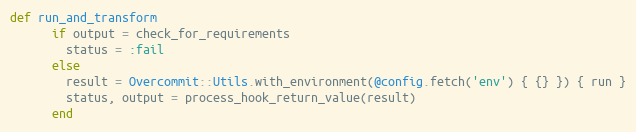
Language: Ruby
def run_and_transform
      if output = check_for_requirements
        status = :fail
      else
        result = Overcommit::Utils.with_environment(@config.fetch('env') { {} }) { run }
        status, output = process_hook_return_value(result)
      end